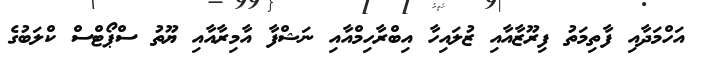
އަހްމަދާއި ފާތިމަތު ފިރޫޒާއާއި ޒުލައިހާ އިބްރާހިމްއާއި ނަޝްފާ އާމިރާއާއި ޔޫތު ސްޕޯޓްސް ކްލަބުގެ